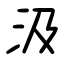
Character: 汲